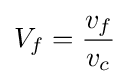
V_{f}={\frac {v_{f}}{v_{c}}}\!